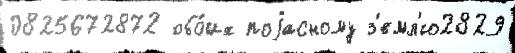
0825672872 обо́их поjасному з'емл'ю2829